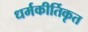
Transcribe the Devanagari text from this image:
धर्मकीर्तिकृत